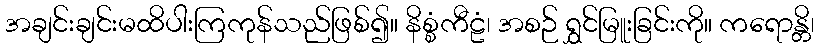
အချင်းချင်းမထိပါးကြကုန်သည်ဖြစ်၍။ နိစ္စံကီဠံ၊ အစဉ် ရွှင်မြူးခြင်းကို။ ကရောန္တိ၊